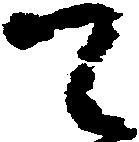
て